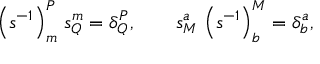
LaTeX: \left( s ^ { - 1 } \right) _ { m } ^ { P } \, s _ { Q } ^ { m } = \delta _ { Q } ^ { P } , \qquad s _ { M } ^ { a } \, \left( s ^ { - 1 } \right) _ { b } ^ { M } = \delta _ { b } ^ { a } ,